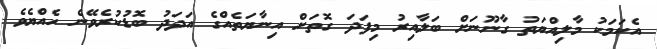
އެކަމަކު މާލިއްޔަތު ގާނޫނަށް ބަލާއިރު މިފަދަ ގޮތަށް އިނާޔަތެއްގެ އަދަދު ބޮޑުކުރެވޭނެ ހެއްޔެވެ